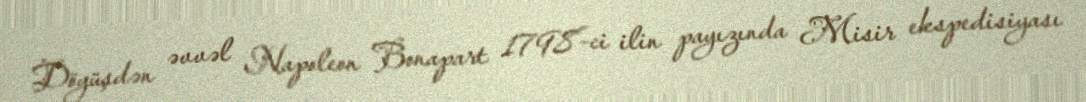
Döyüşdən əvvəl Napoleon Bonapart 1798-ci ilin payızında Misir ekspedisiyası